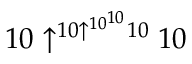
1 0 \uparrow ^ { 1 0 \uparrow ^ { 1 0 ^ { 1 0 } } 1 0 } 1 0